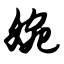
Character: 婉